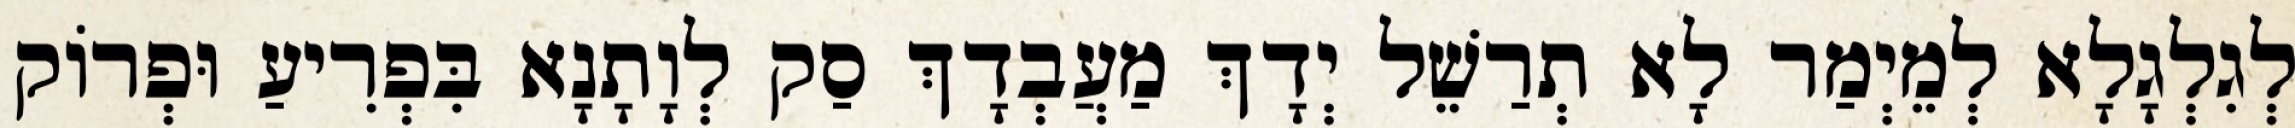
לְגִלְגָלָא לְמֵיְמַר לָא תְרַשֵׁל יְדָךְ מַעֲבְדָךְ סַק לְוָתָנָא בִּפְרִיעַ וּפְרוֹק